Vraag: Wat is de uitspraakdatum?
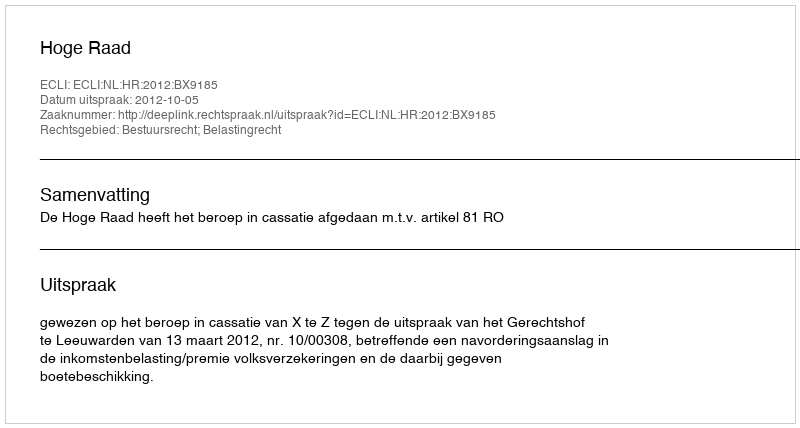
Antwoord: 2012-10-05